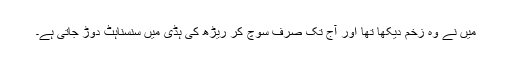
میں نے وہ زخم دیکھا تھا اور آج تک صرف سوچ کر ریڑھ کی ہڈی میں سنسناہٹ دوڑ جاتی ہے۔